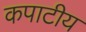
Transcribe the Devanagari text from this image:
कपाटीय